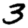
Digit: 3